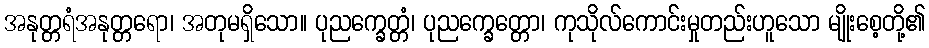
အနုတ္တရံအနုတ္တရော၊ အတုမရှိသော။ ပုညက္ခေတ္တံ၊ ပုညက္ခေတ္တော၊ ကုသိုလ်ကောင်းမှုတည်းဟူသော မျိုးစေ့တို့၏